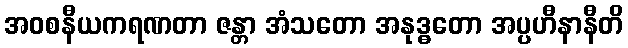
အဝစနီယကရဏတာ ဇန္တာ အံသတော အနုဒ္ဓတော အပ္ပဟီနာနီတိ